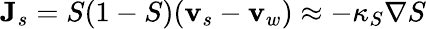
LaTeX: {\mathbf J}_{s}=S(1-S)({\mathbf v}_{s}-{\mathbf v}_{w})\approx-\kappa_{S}\nabla S